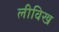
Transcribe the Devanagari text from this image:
लीविख